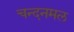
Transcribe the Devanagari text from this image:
चन्दनमल